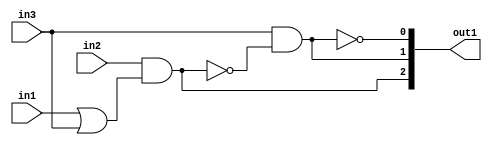
`timescale 1ps / 1ps
/*****************************************************************************
    Verilog RTL Description
    
    
    Created by: Stratus DpOpt 2019.1.01 
*******************************************************************************/

module GaussianFilter_gen_busy_r_4 (
	in1,
	in2,
	in3,
	out1
	); /* architecture "behavioural" */ 
input  in1,
	in2,
	in3;
output [2:0] out1;
wire  asc004,
	asc005,
	asc007,
	asc009;
wire [2:0] asc010;

assign asc005 = 
	(in1)
	|(in3);

assign asc004 = 
	(in2)
	&(asc005);

assign asc007 = 
	(in3)
	&((~asc004));

assign asc009 = 
	((~asc007));

assign asc010 = {asc004,asc007,asc009};

assign out1 = asc010;
endmodule

/* CADENCE  uLj5SAA= : u9/ySgnWtBlWxVPRXgAZ4Og= ** DO NOT EDIT THIS LINE ******/